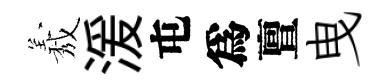
𦏁湲屯爲亶曳